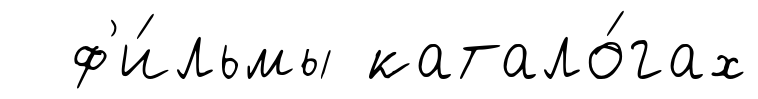
ф'и́льмы катало́гах